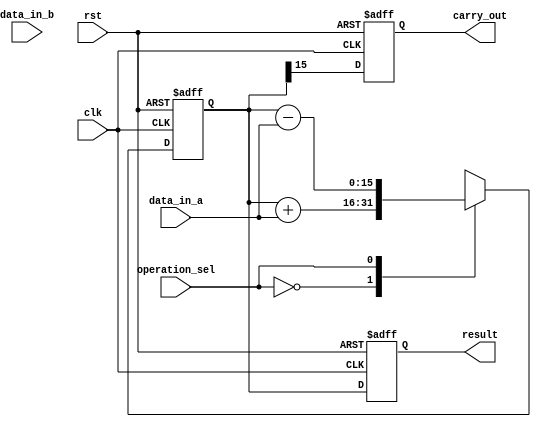
module accumulator (
    input wire clk,
    input wire rst,
    input wire [7:0] data_in_a,
    input wire [7:0] data_in_b,
    input wire operation_sel, // 0: addition, 1: subtraction, 2: multiplication, 3: division
    output reg [15:0] result,
    output reg carry_out
);

reg [15:0] accumulator_reg;

always @(posedge clk or posedge rst) begin
    if (rst) begin
        accumulator_reg <= 16'h0000;
        result <= 16'h0000;
        carry_out <= 1'b0;
    end else begin
        case(operation_sel)
            2'b00: accumulator_reg <= accumulator_reg + data_in_a; // addition
            2'b01: accumulator_reg <= accumulator_reg - data_in_a; // subtraction
            2'b10: accumulator_reg <= accumulator_reg * data_in_a; // multiplication
            2'b11: accumulator_reg <= accumulator_reg / data_in_a; // division
        endcase

        result <= accumulator_reg;
        carry_out <= accumulator_reg[15];
    end
end

endmodule